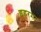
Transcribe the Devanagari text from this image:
इहरम